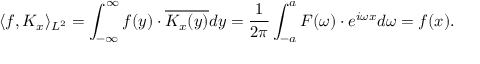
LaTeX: \langle f , K _ { x } \rangle _ { L ^ { 2 } } = \int _ { - \infty } ^ { \infty } f ( y ) \cdot { \overline { { K _ { x } ( y ) } } } d y = { \frac { 1 } { 2 \pi } } \int _ { - a } ^ { a } F ( \omega ) \cdot e ^ { i \omega x } d \omega = f ( x ) .